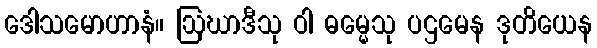
ဒေါသမောဟာနံ။ ဩဃာဒီသု ဝါ ဓမ္မေသု ပဌမေန ဒုတိယေန